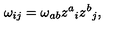
\omega _ { i j } = \omega _ { a b } z ^ { a } { } _ { i } z ^ { b } { } _ { j } ,